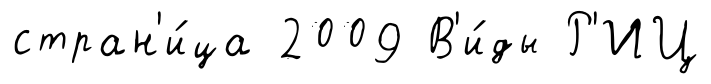
стран'и́ца 2009 В'и́ды Р'ИЦ